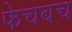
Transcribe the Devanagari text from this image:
फेचबच